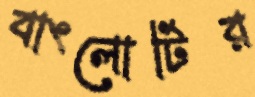
বাংলোটির